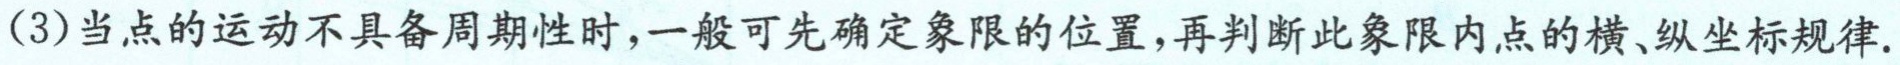
(3)当点的运动不具备周期性时，一般可先确定象限的位置，再判断此象限内点的横、纵坐标规律.